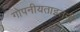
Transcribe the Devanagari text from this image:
गोपनीयताइतनी